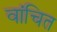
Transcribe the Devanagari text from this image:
वांचित